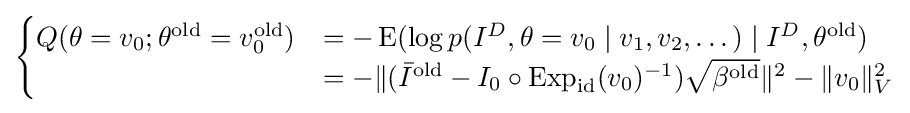
{\begin{cases}Q(\theta =v_{0};\theta ^{\text{old}}=v_{0}^{\text{old}})&=-\operatorname {E} (\log p(I^{D},\theta =v_{0}\mid v_{1},v_{2},\dots )\mid I^{D},\theta ^{\text{old}})\\&=-\|({\bar {I}}^{\text{old}}-I_{0}\circ \operatorname {Exp} _{\mathrm {id} }(v_{0})^{-1}){\sqrt {\beta ^{\text{old}}}}\|^{2}-\|v_{0}\|_{V}^{2}\end{cases}}